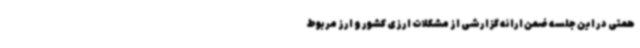
همتی در این جلسه ضمن ارائه گزارشی از مشکلات ارزی کشور و ارز مربوط